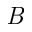
\textit { B }